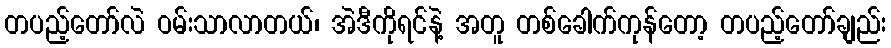
တပည့်တော်လဲ ဝမ်းသာလာတယ်၊ အဲဒီကိုရင်နဲ့ အတူ တစ်ခေါက်ကုန်တော့ တပည့်တော်ချည်း